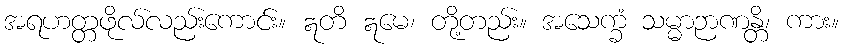
အရဟတ္တဖိုလ်လည်းကောင်း။ ဣတိ ဣမေ၊ တို့တည်း။ အသေက္ခံ သမ္မာဉာဏန္တိ၊ ကား။